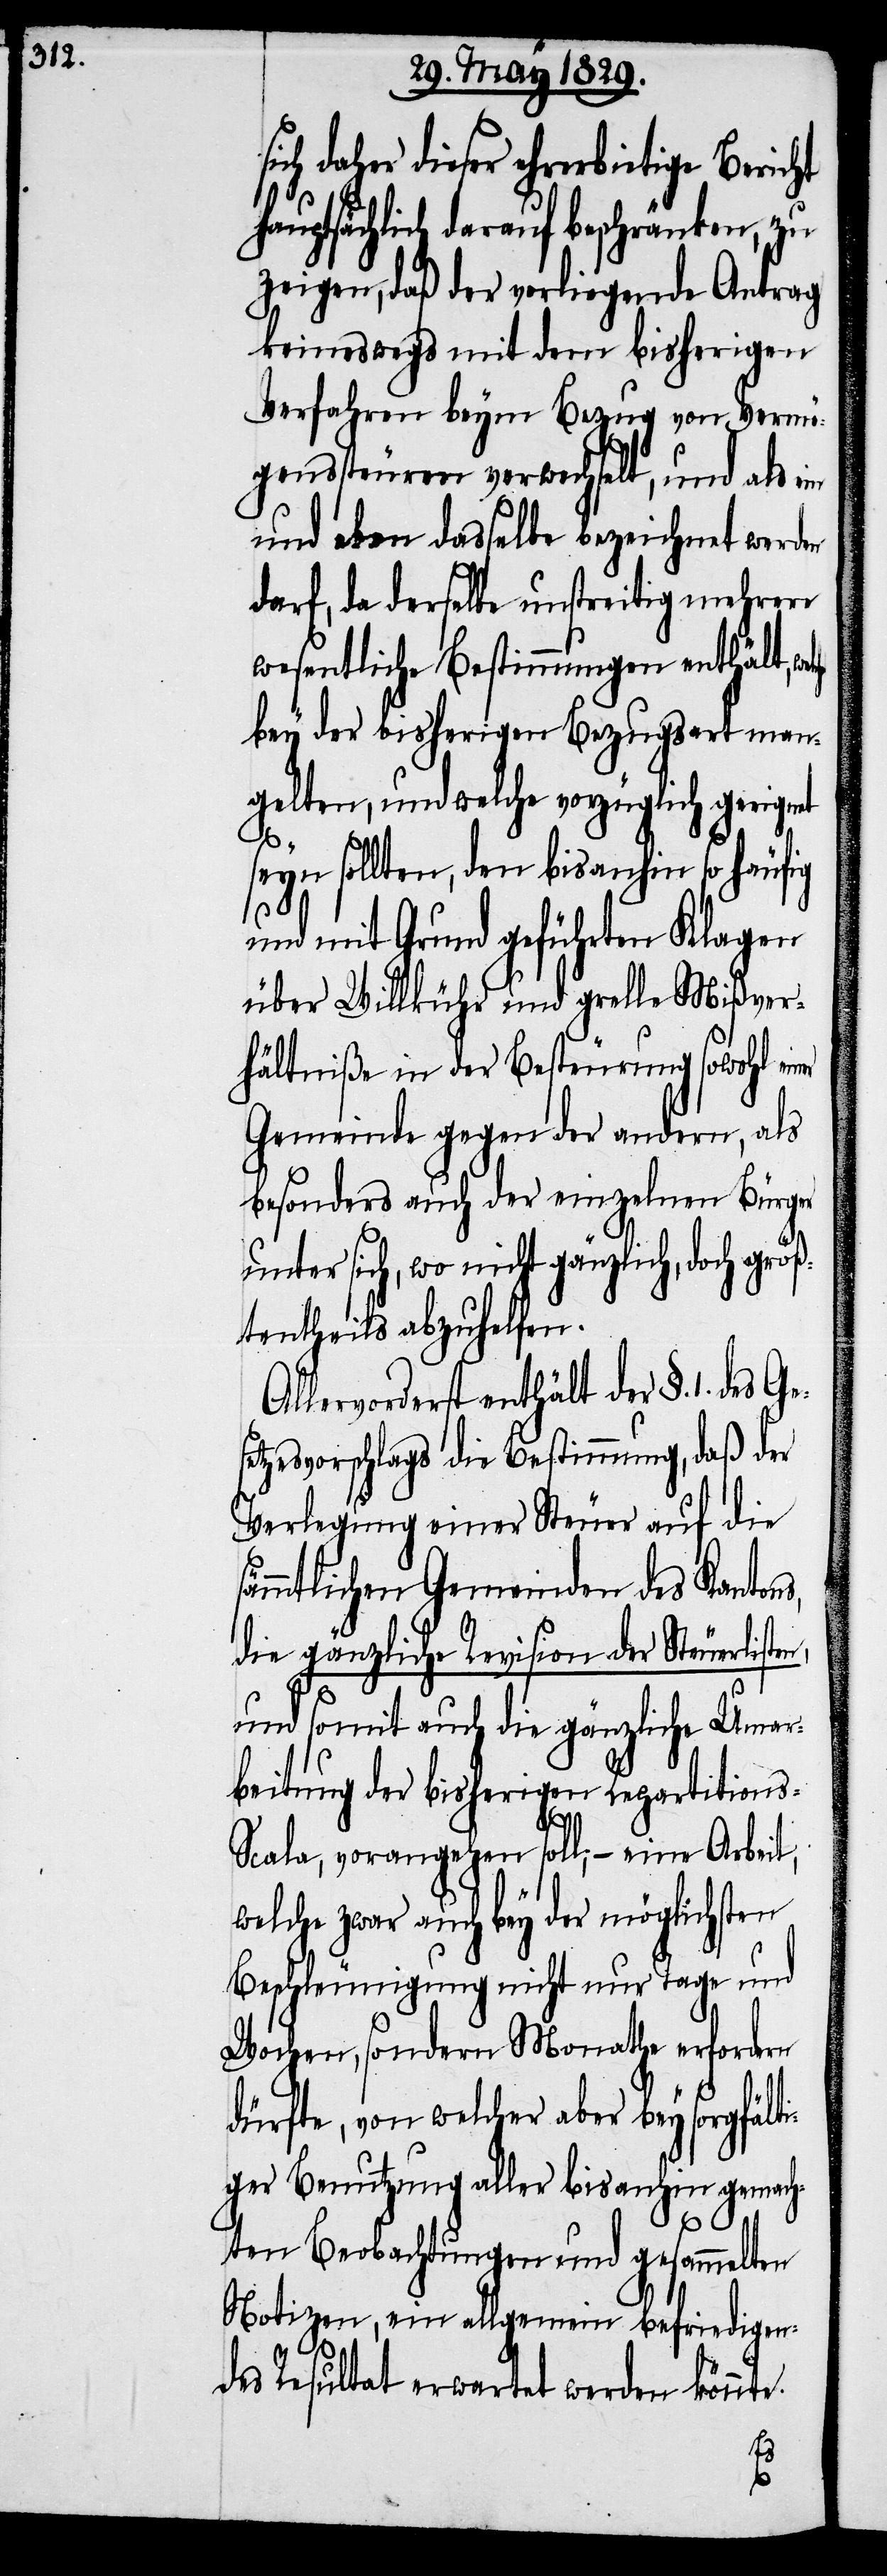
sich daher dieser ehrerbietige Bericht
hauptsächlich darauf beschränken, zu
zeigen, daß der vorliegende Antrag
keineswegs mit dem bisherigen
Verfahren beym Bezug von Vermö¬
genssteuren verwechselt, und als
und eben dasselbe bezeichnet werden
darf, da derselbe unstreitig mehrere
wesentliche Bestimmungen enthält, we¬
bey der bisherigen Bezugsart man¬
gelten, und welche vorzüglich geeignet
seyn sollten, den bisanhin so häufig
und mit Grund geführten Klagen
über Willkühr und grelle Mißver¬
hältniße in der Besteurung sowohl ei¬
Gemeinde gegen der andern, als
besonders auch der einzelnen Bürger
unter sich, wo nicht gänzlich, doch größ¬
tentheils abzuhelfen.
Allervorderst enthält der §. 1. de¬
etzesvorschlags die Bestimmung, daß der
Verlegung einer Steuer auf die
sämmtlichen Gemeinden des Kantons,
die gänzliche Revision der Steuerliste¬
n,
und somit auch die gänzliche Umar¬
beitung der bisherigen Repartitions-S¬
cala, vorangehen soll,– eine Arbeit,
welche zwar auch bey der möglichsten
Beschleunigung nicht nur Tage und
Wochen, sondern Monathe erfordern
dürfte, von welcher aber bey sorgfält¬
iger Benutzung aller bisanhin gemach¬
s Ges¬
ten Beobachtungen und gesammelten
Notizen, ein allgemein befriedigen¬
des Resultat erwartet werden könnte.